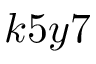
k 5 y 7